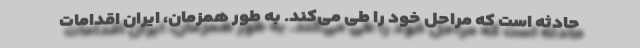
حادثه است که مراحل خود را طی می‌کند. به طور همزمان، ایران اقدامات